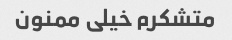
متشکرم خیلی ممنون